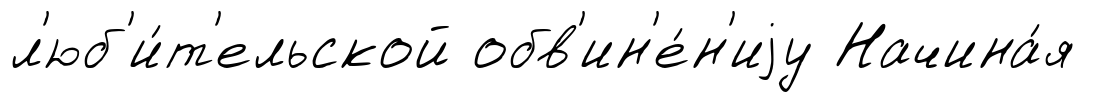
л'юб'и́т'ельской обв'ин'е́н'иjу Начина́я